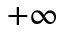
+ \infty